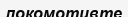
локомотивте